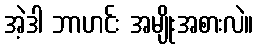
အဲ့ဒါ ဘာဟင်း အမျိုးအစားလဲ။